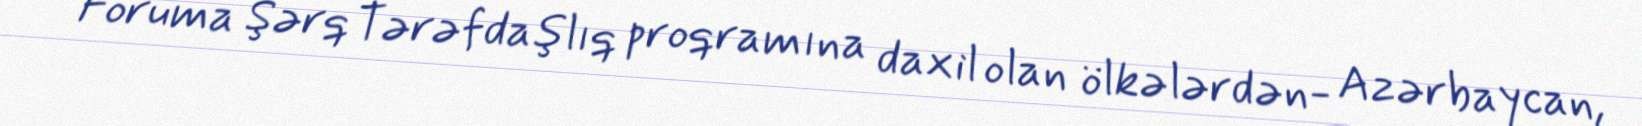
Foruma Şərq Tərəfdaşlıq proqramına daxil olan ölkələrdən- Azərbaycan,